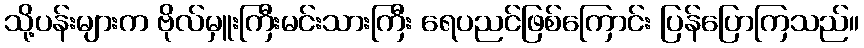
သို့ပန်းများက ဗိုလ်မှူးကြီးမင်းသားကြီး ရေပညင်ဖြစ်ကြောင်း ပြန်ပြောကြသည်။